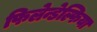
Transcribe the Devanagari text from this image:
फिलेन्डेल्फिया